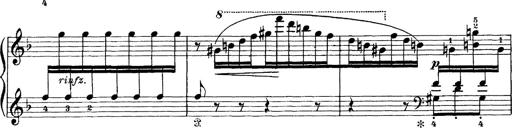
Title: Scherzo und Marsch
Composer: Franz Liszt